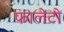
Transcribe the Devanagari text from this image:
फालेटो